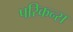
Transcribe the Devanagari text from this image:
परिकन्स